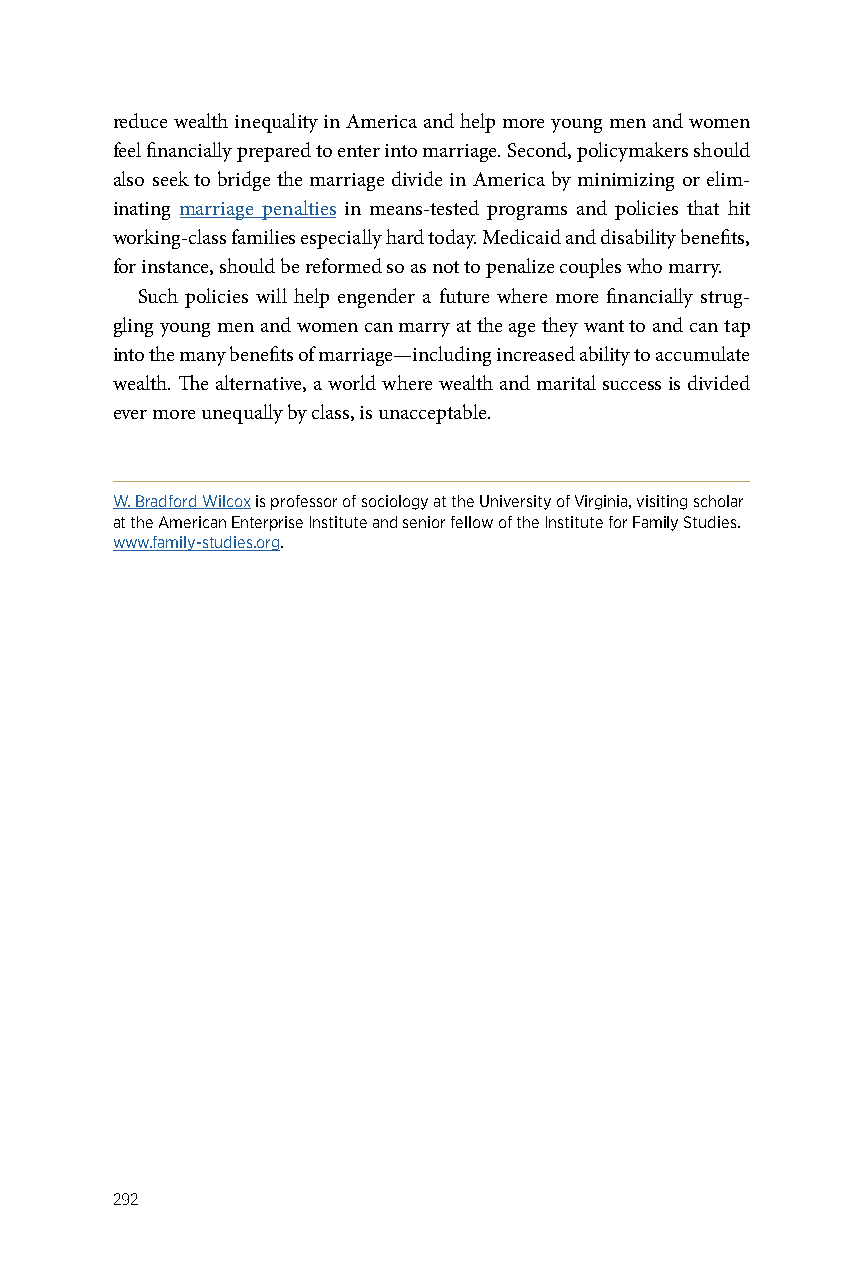
reduce wealth inequality in America and help more young men and women
 feel financially prepared to enter into marriage. Second, policymakers should
 also seek to bridge the marriage divide in America by minimizing or elim-
 inating marriage penalties in means-tested programs and policies that hit
 working-class families especially hard today. Medicaid and disability benefits,
 for instance, should be reformed so as not to penalize couples who marry.
 Such policies will help engender a future where more financially strug-
 gling young men and women can marry at the age they want to and can tap
 into the many benefits of marriage—including increased ability to accumulate
 wealth. The alternative, a world where wealth and marital success is divided
 ever more unequally by class, is unacceptable.
 W. Bradford Wilcox is professor of sociology at the University of Virginia, visiting scholar
 at the American Enterprise Institute and senior fellow of the Institute for Family Studies.
 www.family-studies.org.
 292